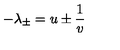
- \lambda _ { \pm } = u \pm \frac { 1 } { v }